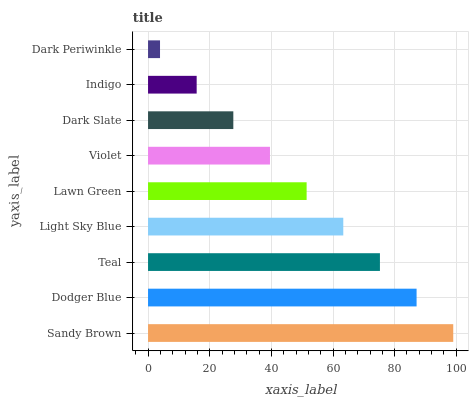
| yaxis_label | bars |
 | --- | --- |
 | Sandy Brown | 99 |
 | Dodger Blue | 87.1 |
 | Teal | 75.2 |
 | Light Sky Blue | 63.3 |
 | Lawn Green | 51.4 |
 | Violet | 39.6 |
 | Dark Slate | 27.7 |
 | Indigo | 15.8 |
 | Dark Periwinkle | 3.89 |